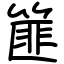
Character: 篚